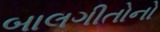
બાલગીતોનો